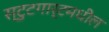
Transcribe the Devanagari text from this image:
स्टुटगार्टमधील